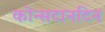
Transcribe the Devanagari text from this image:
कोन्सटानटिन